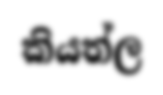
කියත්ල